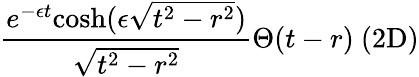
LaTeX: \frac{e^{-\epsilon t}\mathrm{cosh}(\epsilon\sqrt{t^{2}-r^{2}})}{\sqrt{t^{2}-r^{2}}}\Theta(t-r)\ \mathrm{(2D)}